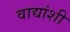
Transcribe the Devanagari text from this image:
वाद्यांशी